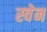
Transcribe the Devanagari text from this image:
स्‍वेन